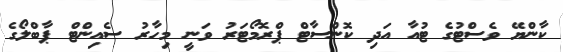
ކާންޔޭ ވެސްޓުގެ ޓުއާ އަދި ކޮންސާޓް ޕްރޮމޯޓަރު ވަނީ މިހާރު ސެއިންޓް ޕާބްލޯގެ